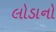
લોડાનો